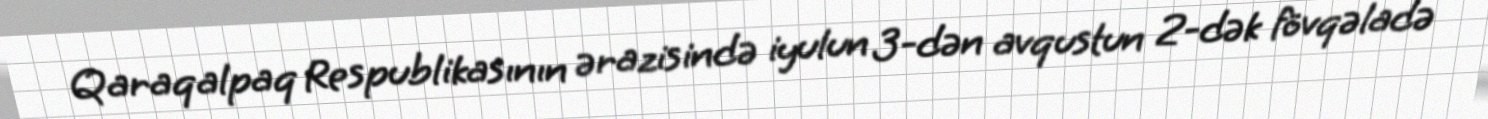
Qaraqalpaq Respublikasının ərazisində iyulun 3-dən avqustun 2-dək fövqəladə